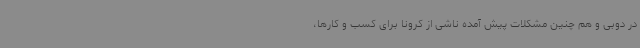
در دوبی و هم چنین مشکلات پیش آمده ناشی از کرونا برای کسب و کارها،